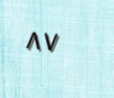
٨٧